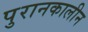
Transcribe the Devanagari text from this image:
पुरानकालीन